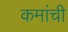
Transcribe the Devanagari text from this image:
कमांची